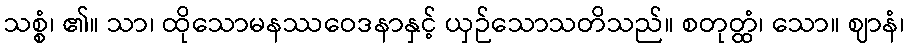
သစ္စံ၊ ၏။ သာ၊ ထိုသောမနဿဝေဒနာနှင့် ယှဉ်သောသတိသည်။ စတုတ္ထံ၊ သော။ ဈာနံ၊